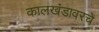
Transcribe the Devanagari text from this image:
कालखंडावरचे